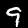
Label: 9